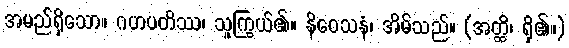
အမည်ရှိသော။ ဂဟပတိဿ၊ သူကြွယ်၏။ နိဝေသနံ၊ အိမ်သည်။ (အတ္ထိ၊ ရှိ၏။)